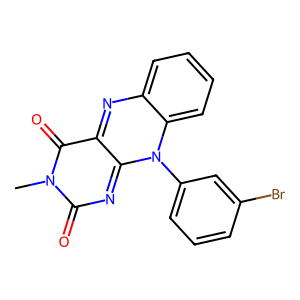
SMILES: Cn1c(=O)nc2n(-c3cccc(Br)c3)c3ccccc3nc-2c1=O
Inhibits HIV replication: No